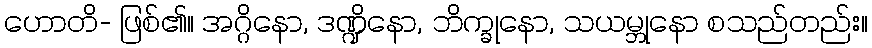
ဟောတိ- ဖြစ်၏။ အဂ္ဂိနော, ဒဏ္ဍိနော, ဘိက္ခုနော, သယမ္ဘုနော စသည်တည်း။